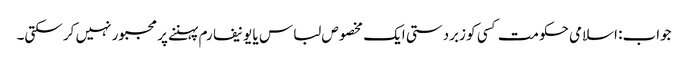
جواب: اسلامی حکومت کسی کو زبردستی ایک مخصوص لباس یا یونیفارم پہننے پر مجبور نہیں کر سکتی۔